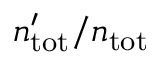
n _ { \mathrm { t o t } } ^ { \prime } / n _ { \mathrm { t o t } }